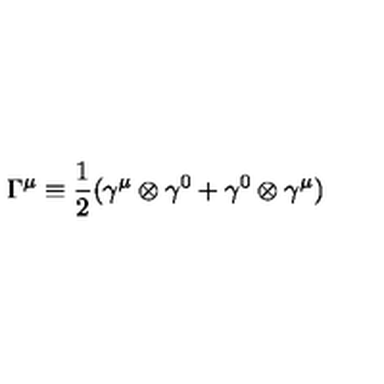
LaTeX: { \Gamma } ^ { \mu } \equiv \frac { 1 } { 2 } ( { \gamma } ^ { \mu } \otimes { \gamma } ^ { 0 } + { \gamma } ^ { 0 } \otimes { \gamma } ^ { \mu } )